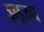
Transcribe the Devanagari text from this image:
इलूजन